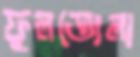
ফুলতোলা